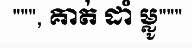
""", គាត់ ដាំ ម្លូ"""